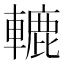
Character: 轆